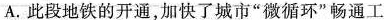
A.此段地铁的开通，加快了城市”微循环”畅通工